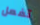
تفعل